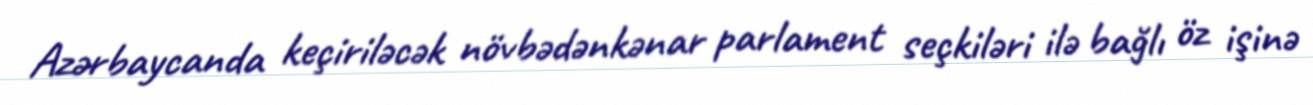
Azərbaycanda keçiriləcək növbədənkənar parlament seçkiləri ilə bağlı öz işinə